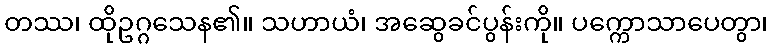
တဿ၊ ထိုဥဂ္ဂသေန၏။ သဟာယံ၊ အဆွေခင်ပွန်းကို။ ပက္ကောသာပေတွာ၊